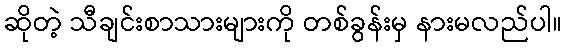
ဆိုတဲ့ သီချင်းစာသားများကို တစ်ခွန်းမှ နားမလည်ပါ။